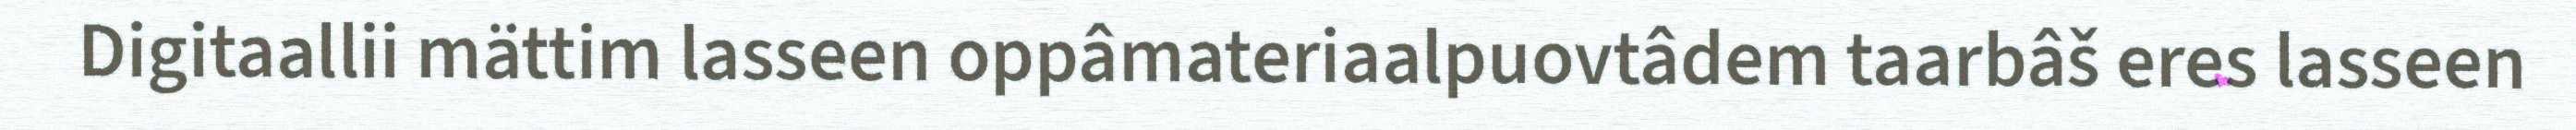
Digitaallii mättim lasseen oppâmateriaalpuovtâdem taarbâš eres lasseen